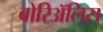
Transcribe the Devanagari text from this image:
बोरिॲलिस